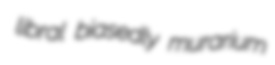
libral biasedly murarium